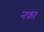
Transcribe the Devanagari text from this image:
नफ़ा